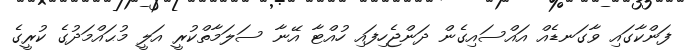
ފަންކާގައި ވާގަނޑެއް އައްސައިގެން ދަންޖެހިފައި ހުއްޓާ އޭނާ ސަލަމާތްކުރީ އަލީ މުޙައްމަދުގެ ކުރީގެ